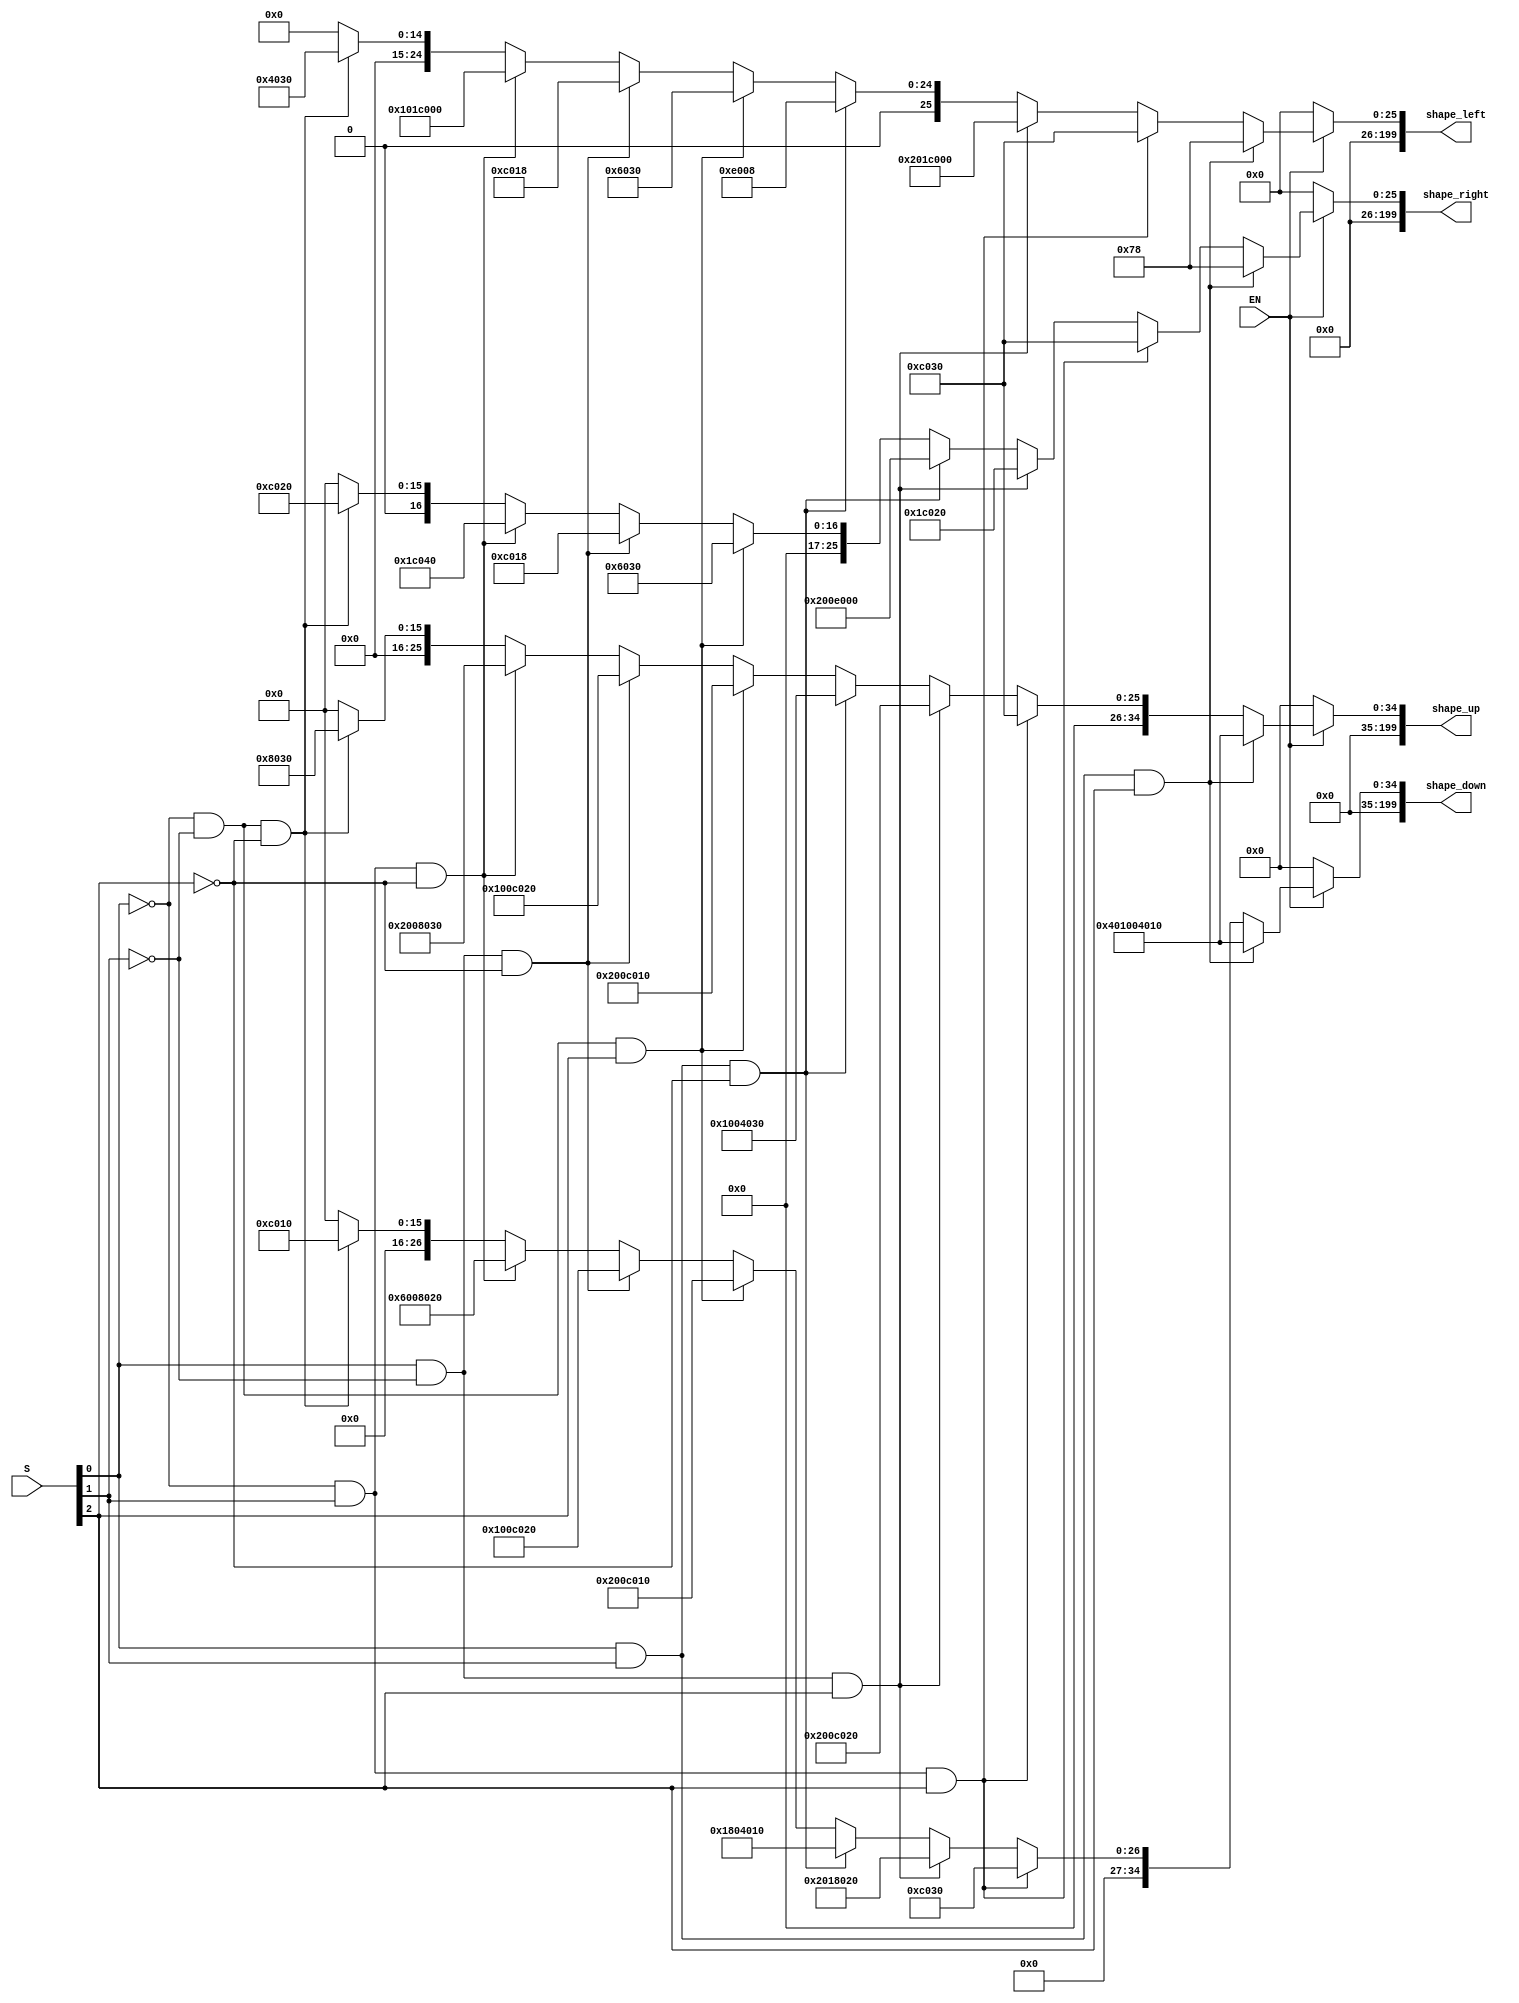
module create_block (
    input wire [2:0] S,
    input wire EN,
    output wire [199:0] shape_up, shape_down, shape_left, shape_right
);

wire [199:0] p_up1, p_up2, p_up3, p_up4, p_up5, p_up6, p_up7, p_up8;
wire [199:0] p_left1, p_left2, p_left3, p_left4, p_left5, p_left6, p_left7, p_left8;
wire [199:0] p_right1, p_right2, p_right3, p_right4, p_right5, p_right6, p_right7, p_right8;
wire [199:0] p_down1, p_down2, p_down3, p_down4, p_down5, p_down6, p_down7, p_down8;
genvar i;
generate
    for(i=0; i<200; i=i+1) begin
    
        if(i==4 || i==14 || i==24 || i==34) assign p_up1[i]=1;
        else assign p_up1[i]=0;
        if(i==3 || i==4 || i==5 || i==6) assign p_left1[i]=1;
        else assign p_left1[i]=0;
        if(i==3 || i==4 || i==5 || i==6) assign p_right1[i]=1;
        else assign p_right1[i]=0;
        if(i==4 || i==14 || i==24 || i==34) assign p_down1[i]=1;
        else assign p_down1[i]=0;
        
        if(i==4 || i==5 || i==14 || i==15) assign p_up2[i]=1;
        else assign p_up2[i]=0;
        if(i==4 || i==5 || i==14 || i==15) assign p_left2[i]=1;
        else assign p_left2[i]=0;
        if(i==4 || i==5 || i==14 || i==15) assign p_right2[i]=1;
        else assign p_right2[i]=0;
        if(i==4 || i==5 || i==14 || i==15) assign p_down2[i]=1;
        else assign p_down2[i]=0;
        
        if(i==5 || i==14 || i==15 || i==25) assign p_up3[i]=1;
        else assign p_up3[i]=0;
        if(i==5 || i==14 || i==15 || i==16) assign p_right3[i]=1;
        else assign p_right3[i]=0;
        if(i==14 || i==15 || i==16 || i==25) assign p_left3[i]=1;
        else assign p_left3[i]=0;
        if(i==5 || i==16 || i==15 || i==25) assign p_down3[i]=1;
        else assign p_down3[i]=0;
        
        if(i==4 || i==5 || i==14 || i==24) assign p_up4[i]=1;
        else assign p_up4[i]=0;
        if(i==3 || i==13 || i==14 || i==15) assign p_left4[i]=1;
        else assign p_left4[i]=0;
        if(i==13 || i==14 || i==15 || i==25) assign p_right4[i]=1;
        else assign p_right4[i]=0;
        if(i==4 || i==14 || i==23 || i==24) assign p_down4[i]=1;
        else assign p_down4[i]=0;
        
        if(i==4 || i==14 || i==15 || i==25) assign p_up5[i]=1;
        else assign p_up5[i]=0;
        if(i==4 || i==5 || i==13 || i==14) assign p_left5[i]=1;
        else assign p_left5[i]=0;
        if(i==4 || i==5 || i==13 || i==14) assign p_right5[i]=1;
        else assign p_right5[i]=0;
        if(i==4 || i==14 || i==15 || i==25) assign p_down5[i]=1;
        else assign p_down5[i]=0;
        
        if(i==5 || i==14 || i==15 || i==24) assign p_up6[i]=1;
        else assign p_up6[i]=0;
        if(i==3 || i==4 || i==14 || i==15) assign p_left6[i]=1;
        else assign p_left6[i]=0;
        if(i==3 || i==4 || i==14 || i==15) assign p_right6[i]=1;
        else assign p_right6[i]=0;
        if(i==5 || i==14 || i==15 || i==24) assign p_down6[i]=1;
        else assign p_down6[i]=0;
        
        if(i==4 || i==5 || i==15 || i==25) assign p_up7[i]=1;
        else assign p_up7[i]=0;
        if(i==14 || i==15 || i==16 || i==24) assign p_left7[i]=1;
        else assign p_left7[i]=0;
        if(i==6 || i==14 || i==15 || i==16) assign p_right7[i]=1;
        else assign p_right7[i]=0;
        if(i==5 || i==15 || i==25 || i==26) assign p_down7[i]=1;
        else assign p_down7[i]=0;
        
        if(i==4 || i==5 || i==15) assign p_up8[i]=1;
        else assign p_up8[i]=0;
        if(i==4 || i==5 || i==14) assign p_left8[i]=1;
        else assign p_left8[i]=0;
        if(i==5 || i==14 || i==15) assign p_right8[i]=1;
        else assign p_right8[i]=0;
        if(i==4 || i==14 || i==15) assign p_down8[i]=1;
        else assign p_down8[i]=0;
        
    end
endgenerate

wire [7:0] sig;
assign sig[0] = S[0] & S[1] & S[2];
assign sig[1] = ~S[0] & S[1] & S[2];
assign sig[2] = S[0] & ~S[1] & S[2];
assign sig[3] = S[0] & S[1] & ~S[2];
assign sig[4] = ~S[0] & ~S[1] & S[2];
assign sig[5] = S[0] & ~S[1] & ~S[2];
assign sig[6] = ~S[0] & S[1] & ~S[2];
assign sig[7] = ~S[0] & ~S[1] & ~S[2];

assign shape_up = EN?
              (sig[0]? p_up1:
               sig[1]? p_up2:
               sig[2]? p_up3:
               sig[3]? p_up4:
               sig[4]? p_up5:
               sig[5]? p_up6:
               sig[6]? p_up7:
               sig[7]? p_up8:0):
               0;
assign shape_left = EN?
              (sig[0]? p_left1:
               sig[1]? p_left2:
               sig[2]? p_left3:
               sig[3]? p_left4:
               sig[4]? p_left5:
               sig[5]? p_left6:
               sig[6]? p_left7:
               sig[7]? p_left8:0):
               0;
assign shape_right = EN?
              (sig[0]? p_right1:
               sig[1]? p_right2:
               sig[2]? p_right3:
               sig[3]? p_right4:
               sig[4]? p_right5:
               sig[5]? p_right6:
               sig[6]? p_right7:
               sig[7]? p_right8:0):
               0;
assign shape_down = EN?
              (sig[0]? p_down1:
               sig[1]? p_down2:
               sig[2]? p_down3:
               sig[3]? p_down4:
               sig[4]? p_down5:
               sig[5]? p_down6:
               sig[6]? p_down7:
               sig[7]? p_down8:0):
               0;

endmodule